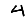
Digit: 4